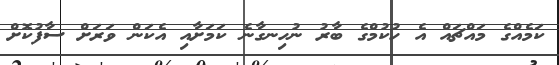
ކަމެއްގެ މައްޗައް އެ ހުކުމްގެ ބާރު ނުހިނގާނެ ކަމަށާއި އެކަން ވަރަށް ސާފުކޮށް